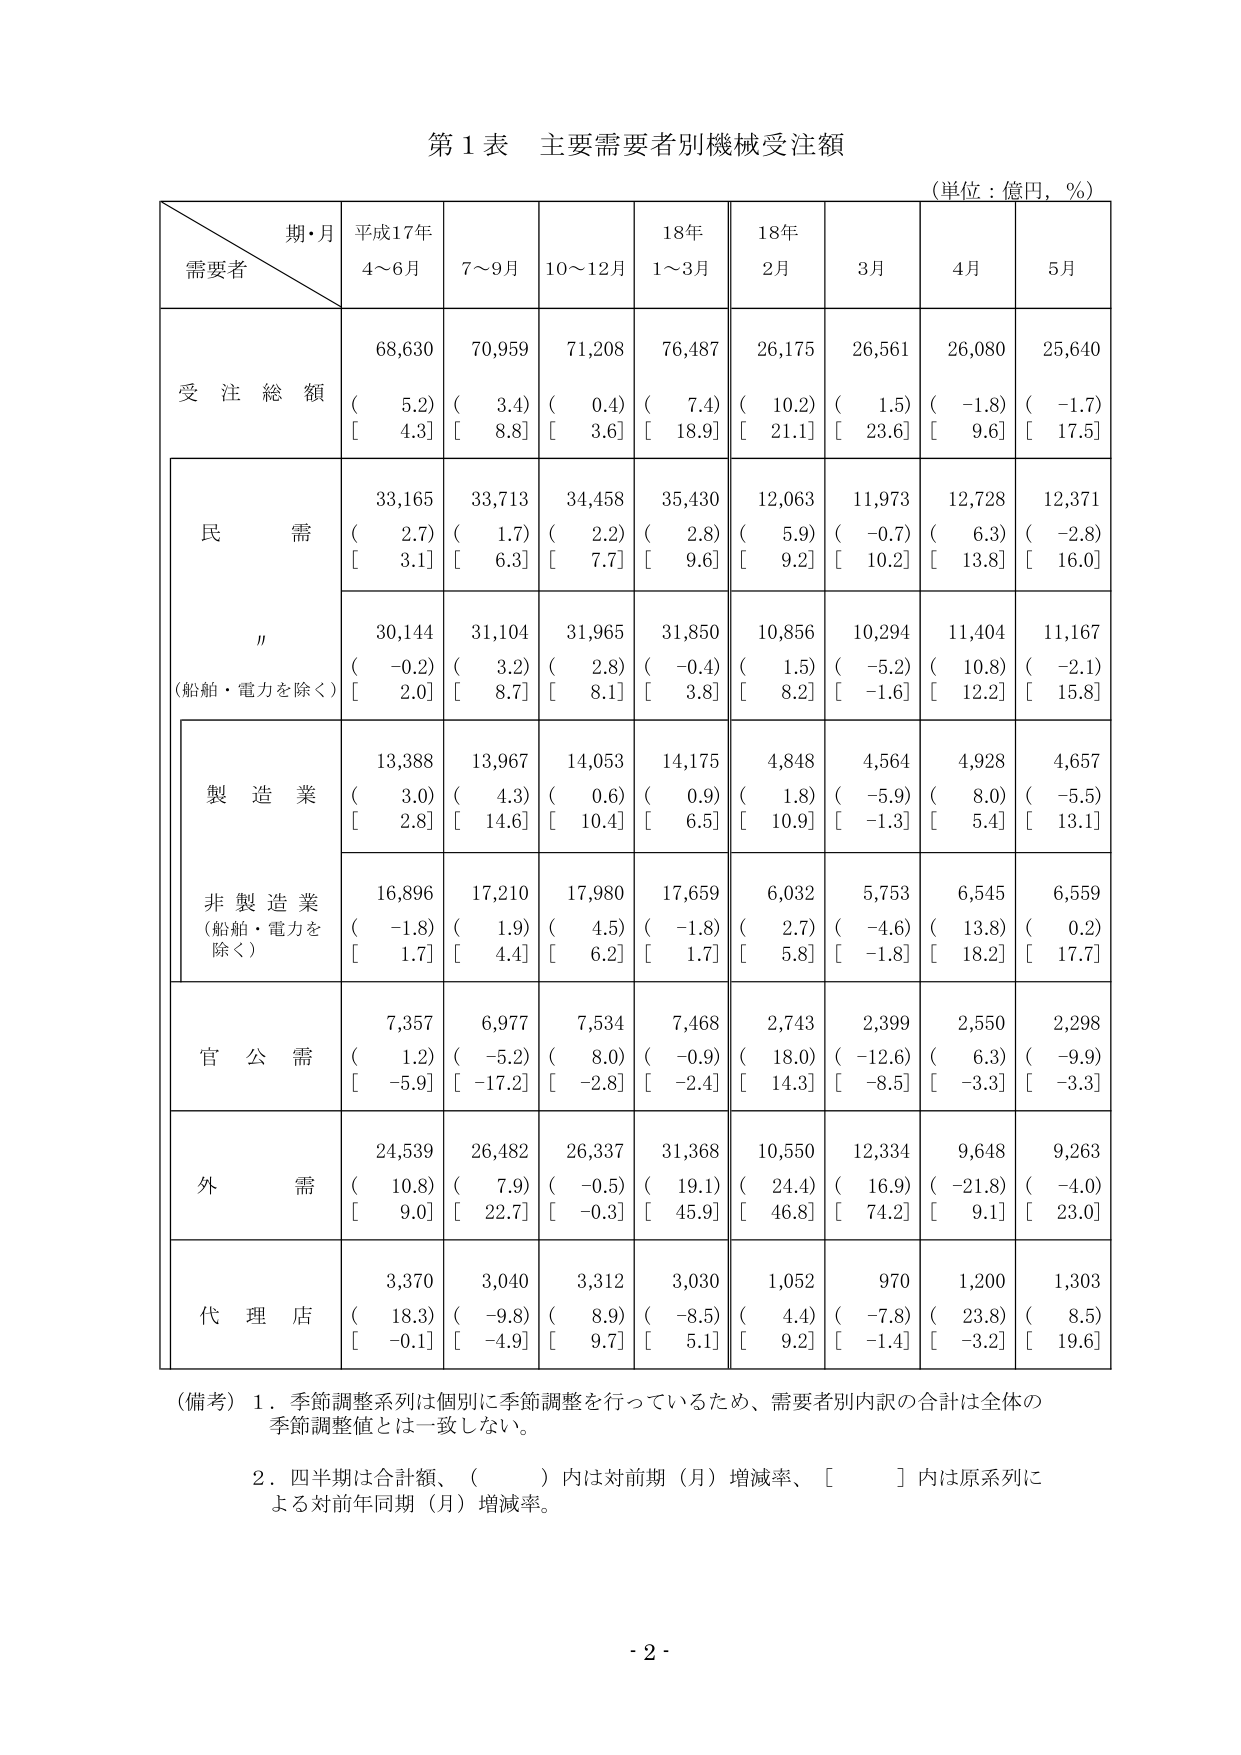
第1表 主要需要者別機械受注額
（単位：億円，％）

期・月
需要者
平成17年
4～6月
7～9月
10～12月
18年
1～3月
18年
2月
3月
4月
5月

受注総額
68,630
70,959
71,208
76,487
26,175
26,561
26,080
25,640
（　5.2）
（　3.4）
（　0.4）
（　7.4）
（　10.2）
（　1.5）
（　-1.8）
（　-1.7）
［　4.3］
［　8.8］
［　3.6］
［　18.9］
［　21.1］
［　23.6］
［　9.6］
［　17.5］

民需
33,165
33,713
34,458
35,430
12,063
11,973
12,728
12,371
（　2.7）
（　1.7）
（　2.2）
（　2.8）
（　5.9）
（　-0.7）
（　6.3）
（　-2.8）
［　3.1］
［　6.3］
［　7.7］
［　9.6］
［　9.2］
［　10.2］
［　13.8］
［　16.0］

〃
（船舶・電力を除く）
30,144
31,104
31,965
31,850
10,856
10,294
11,404
11,167
（　-0.2）
（　3.2）
（　2.8）
（　-0.4）
（　1.5）
（　-5.2）
（　10.8）
（　-2.1）
［　2.0］
［　8.7］
［　8.1］
［　3.8］
［　8.2］
［　-1.6］
［　12.2］
［　15.8］

製造業
13,388
13,967
14,053
14,175
4,848
4,564
4,928
4,657
（　3.0）
（　4.3）
（　0.6）
（　0.9）
（　1.8）
（　-5.9）
（　8.0）
（　-5.5）
［　2.8］
［　14.6］
［　10.4］
［　6.5］
［　10.9］
［　-1.3］
［　5.4］
［　13.1］

非製造業
（船舶・電力を除く）
16,896
17,210
17,980
17,659
6,032
5,753
6,545
6,559
（　-1.8）
（　1.9）
（　4.5）
（　-1.8）
（　2.7）
（　-4.6）
（　13.8）
（　0.2）
［　1.7］
［　4.4］
［　6.2］
［　1.7］
［　5.8］
［　-1.8］
［　18.2］
［　17.7］

官公需
7,357
6,977
7,534
7,468
2,743
2,399
2,550
2,298
（　1.2）
（　-5.2）
（　8.0）
（　-0.9）
（　18.0）
（　-12.6）
（　6.3）
（　-9.9）
［　-5.9］
［　-17.2］
［　-2.8］
［　-2.4］
［　14.3］
［　-8.5］
［　-3.3］
［　-3.3］

外需
24,539
26,482
26,337
31,368
10,550
12,334
9,648
9,263
（　10.8）
（　7.9）
（　-0.5）
（　19.1）
（　24.4）
（　16.9）
（　-21.8）
（　-4.0）
［　9.0］
［　22.7］
［　-0.3］
［　45.9］
［　46.8］
［　74.2］
［　9.1］
［　23.0］

代理店
3,370
3,040
3,312
3,030
1,052
970
1,200
1,303
（　18.3）
（　-9.8）
（　8.9）
（　-8.5）
（　4.4）
（　-7.8）
（　23.8）
（　8.5）
［　-0.1］
［　-4.9］
［　9.7］
［　5.1］
［　9.2］
［　-1.4］
［　-3.2］
［　19.6］

（備考）1．季節調整系列は個別に季節調整を行っているため、需要者別内訳の合計は全体の季節調整値とは一致しない。
2．四半期は合計額、（　　）内は対前期（月）増減率、［　　］内は原系列による対前年同期（月）増減率。

- 2 -